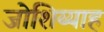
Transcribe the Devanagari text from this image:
जोशिय्याह